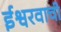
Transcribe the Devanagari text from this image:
ईश्वरवाची